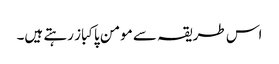
اس طریقہ سے مومن پاکباز رہتے ہیں۔